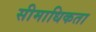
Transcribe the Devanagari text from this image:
सीमाधिकता